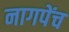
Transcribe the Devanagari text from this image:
नागपेंच